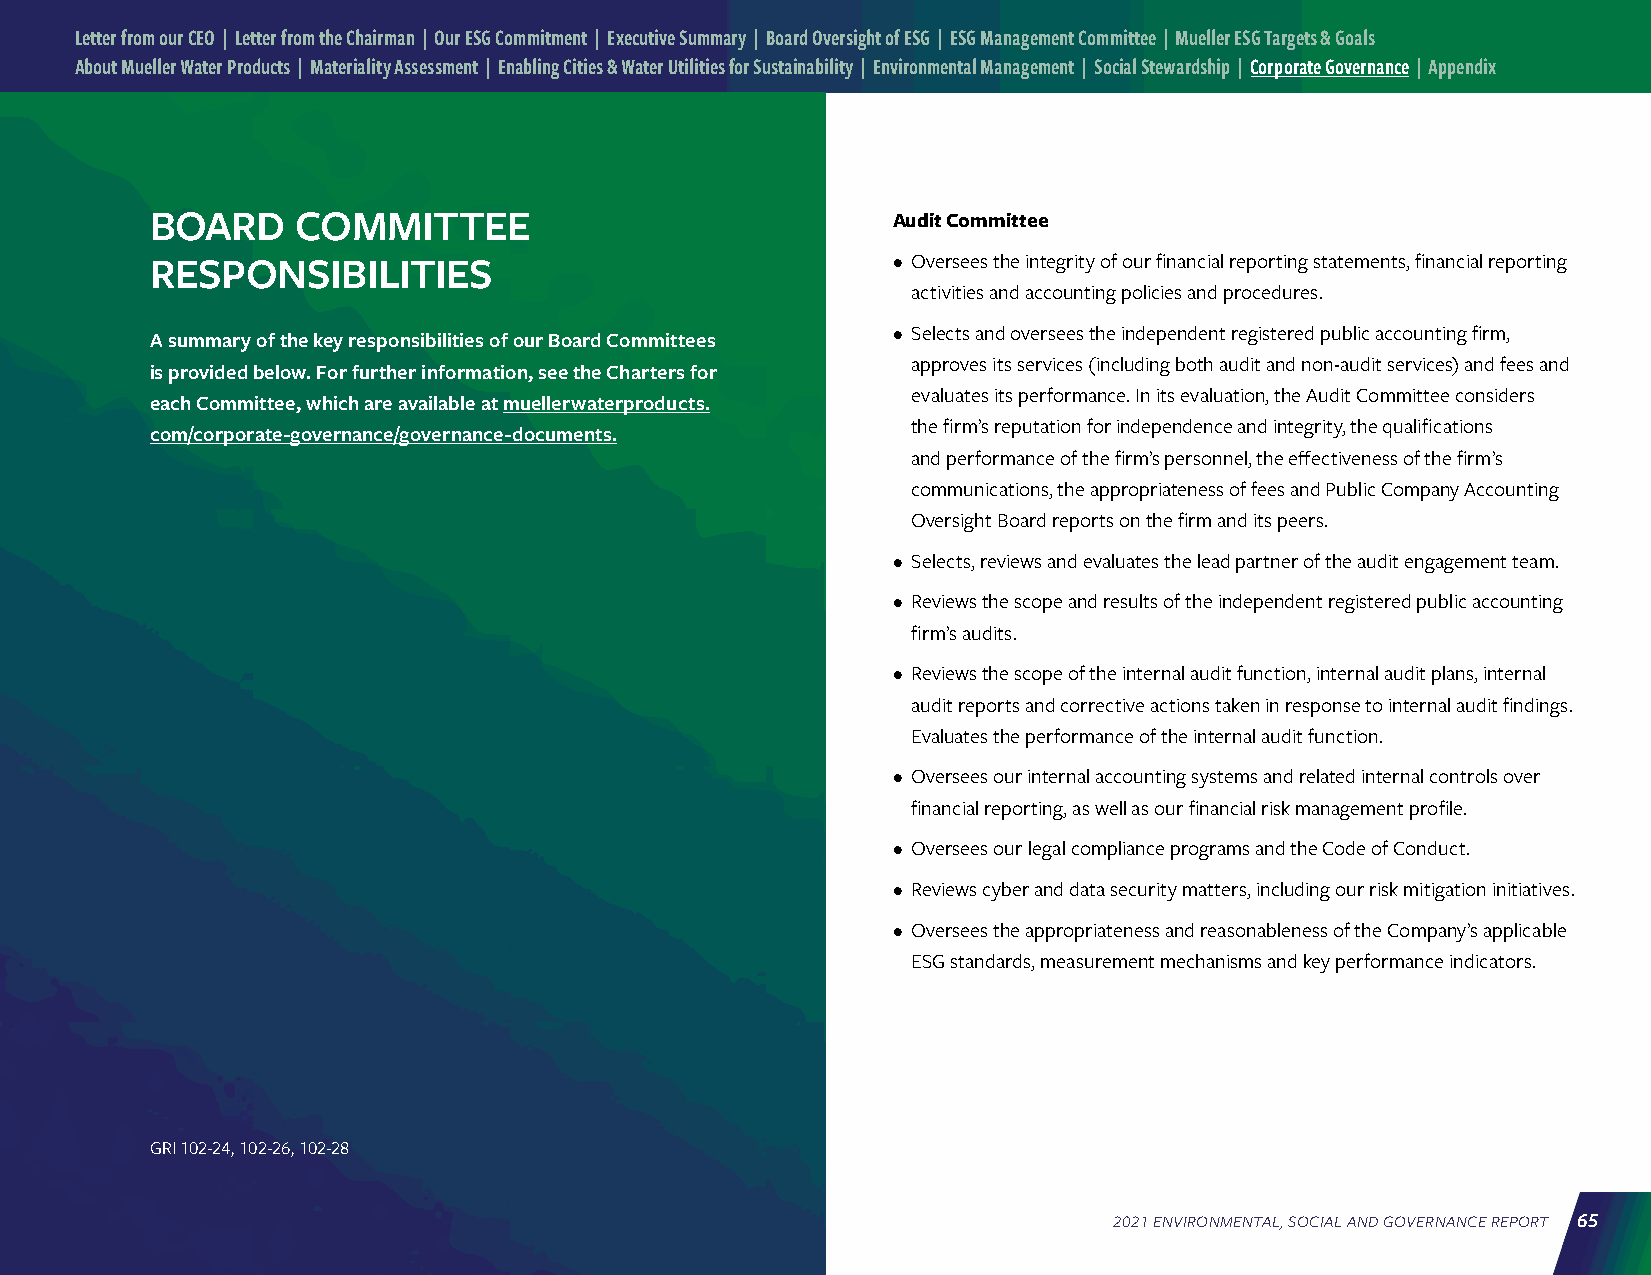
Letter from our CEO | Letter from the Chairman | Our ESG Commitment | Executive Summary | Board Oversight of ESG | ESG Management Committee | Mueller ESG Targets & Goals
 About Mueller Water Products | Materiality Assessment | Enabling Cities & Water Utilities for Sustainability | Environmental Management | Social Stewardship | Corporate Governance | Appendix
 BOARD     COMMITTEE                              Audit Committee
 RESPONSIBILITIES                                 • Oversees the integrity of our financial reporting statements, financial reporting
 activities and accounting policies and procedures.
 • Selects and oversees the independent registered public accounting firm,
 A summary of the key responsibilities of our Board Committees
 approves its services (including both audit and non-audit services) and fees and
 is provided below. For further information, see the Charters for
 evaluates its performance. In its evaluation, the Audit Committee considers
 each Committee, which are available at muellerwaterproducts.
 the firm’s reputation for independence and integrity, the qualifications
 com/corporate-governance/governance-documents.
 and performance of the firm’s personnel, the effectiveness of the firm’s
 communications, the appropriateness of fees and Public Company Accounting
 Oversight Board reports on the firm and its peers.
 • Selects, reviews and evaluates the lead partner of the audit engagement team.
 • Reviews the scope and results of the independent registered public accounting
 firm’s audits.
 • Reviews the scope of the internal audit function, internal audit plans, internal
 audit reports and corrective actions taken in response to internal audit findings.
 Evaluates the performance of the internal audit function.
 • Oversees our internal accounting systems and related internal controls over
 financial reporting, as well as our financial risk management profile.
 • Oversees our legal compliance programs and the Code of Conduct.
 • Reviews cyber and data security matters, including our risk mitigation initiatives.
 • Oversees the appropriateness and reasonableness of the Company’s applicable
 ESG standards, measurement mechanisms and key performance indicators.
 GRI 102-24, 102-26, 102-28
 2021 ENVIRONMENTAL, SOCIAL AND GOVERNANCE REPORT 65